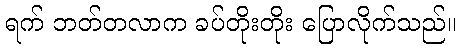
ရက် ဘတ်တလာက ခပ်တိုးတိုး ပြောလိုက်သည်။